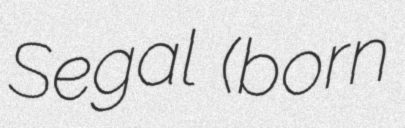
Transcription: Segal (born